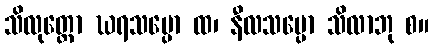
သိလုတ္တော ဃရသပ္ပော ထ၊ နီလသပ္ပော သိလာဘု စ။